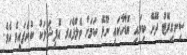
ސިނގިރޭޓު ދޭށޭ ކިޔައި ބޮޑާހާކައި ނޫޅޭ ކަމަށް ވެލްފެއަރ އޮފިޝަލަކު ބުނެފައިވެ އެވެ.